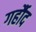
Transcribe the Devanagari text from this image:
गर्हौद